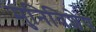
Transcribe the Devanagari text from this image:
मुनिविशेष